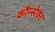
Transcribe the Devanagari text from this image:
कौन्सेक्ट